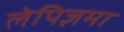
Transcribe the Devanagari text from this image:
लेपिज़मा